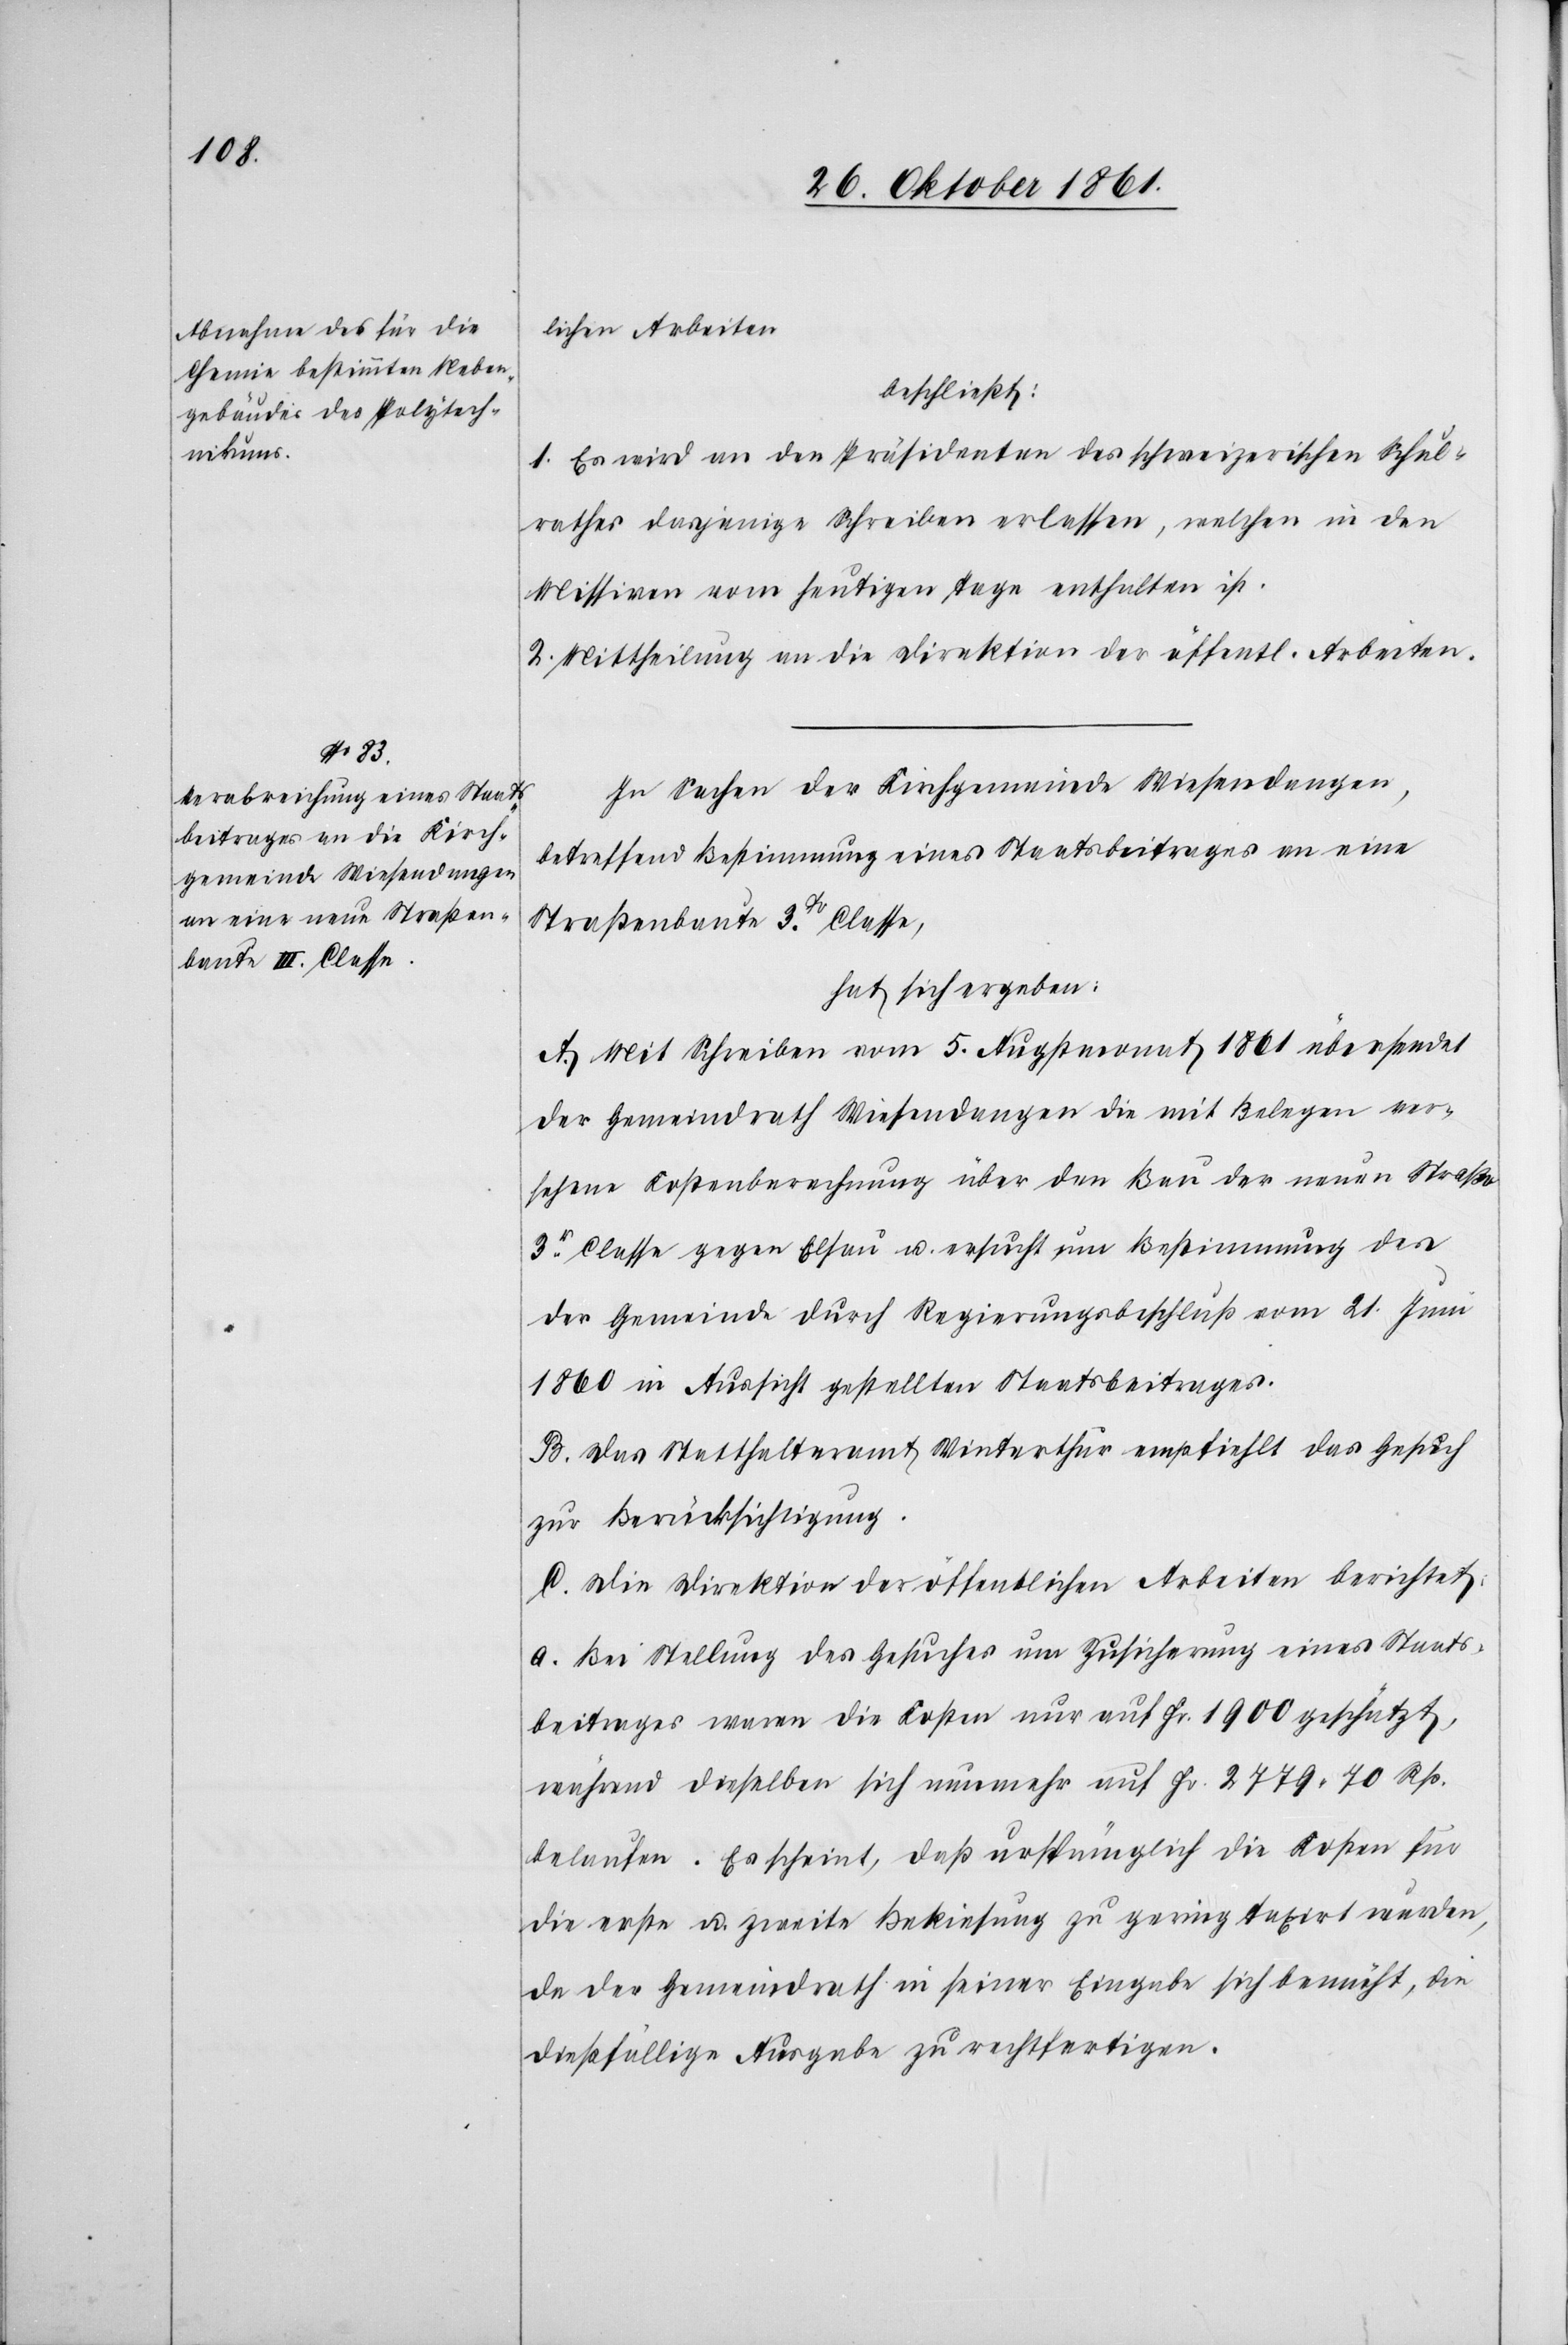
lichen Arbeiten
beschließt:
1. Es wird an den Präsidenten des schweizerischen Schul¬
rathes dasjenige Schreiben erlassen, welchen [sic!] in den
Missiven vom heutigen Tage enthalten ist.
2. Mittheilung an die Direktion der öffentlichen Arbeiten.
In Sachen der Kirchgemeinde Wiesendangen,
betreffend Bestimmung eines Staatsbeitrages an eine
Straßenbaute 3tr Classe,
hat sich ergeben:
A. Mit Schreiben vom 5 Augstmonat 1861 übersendet
der Gemeindrath Wiesendangen die mit Belegen ver¬
sehene Kostenberechnung über den Bau der neuen Straße
3r Classe gegen Elsau u. ersucht um Bestimmung des
der Gemeinde durch Regierungsbeschluß vom 21 Juni
1860 in Aussicht gestellten Staatsbeitrages.
B. Das Statthalteramt Winterthur empfiehlt das Gesuch
zur Berücksichtigung.
C. Die Direktion der öffentlichen Arbeiten berichtet:
a. Bei Stellung des Gesuches um Zusicherung eines Staats¬
beitrages waren die Kosten nur auf Fr. 1900 geschätzt,
während dieselben sich nunmehr auf Fr. 2779. 70 Rp.
belaufen. Es scheint, daß ursprünglich die Kosten für
die erste u. zweite Bekiesung zu gering taxirt wurden,
da der Gemeindrath in seiner Eingabe sich bemüht, die
dießfällige Ausgabe zu rechtfertigen.